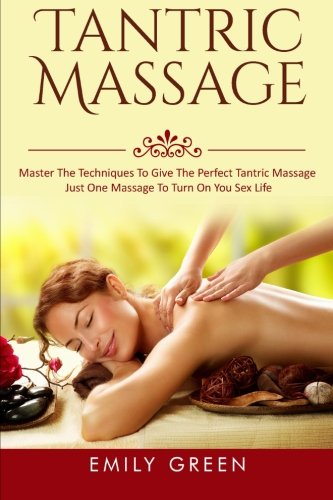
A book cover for Tantric Massage: Master The Techniques To Give The Perfect Tantric Massage - Just One Massage To Turn On You Sex Life (Tantric Massage For Couples, Sensual Massage, Massage Techniques) (Volume 1); Emily Green; Religion & Spirituality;